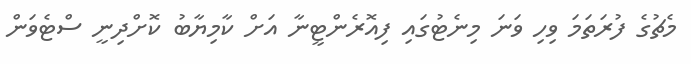
މެޗުގެ ފުރަތަމަ ވިހި ވަނަ މިނެޓުގައި ފިއޮރެންޓީނާ އަށް ކާމިޔާބު ކޮށްދިނީ ސްޓެވަން